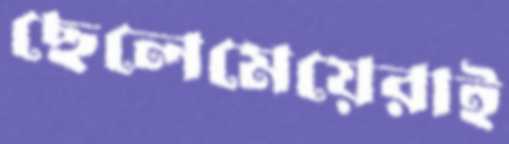
ছেলেমেয়েরাই